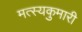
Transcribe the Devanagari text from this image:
मत्स्यकुमारी